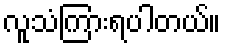
လူသံကြားရပါတယ်။